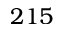
2 1 5